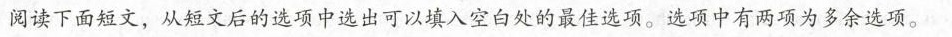
阅读下面短文,从短文后的选项中选出可以填入空白处的最佳选项.选项中有两项为多余选项。